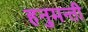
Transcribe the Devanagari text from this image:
हनुमन्ती